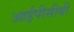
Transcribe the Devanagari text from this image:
आईपीसीबी